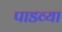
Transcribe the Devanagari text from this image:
पाडव्या